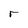
Character: r